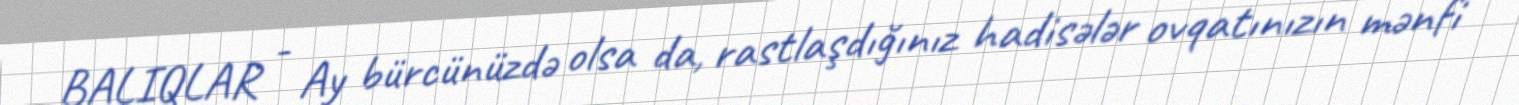
BALIQLAR - Ay bürcünüzdə olsa da, rastlaşdığınız hadisələr ovqatınızın mənfi